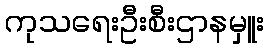
ကုသရေးဦးစီးဌာနမှူး